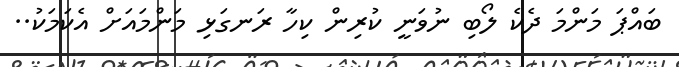
ބައްޕަ މަންމަ ދެކެ ލޯބި ނުވަނީ ކުރިން ކިހާ ރަނގަޅި މަންމައަށް އެކަމަކު..